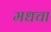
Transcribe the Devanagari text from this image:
मधचा